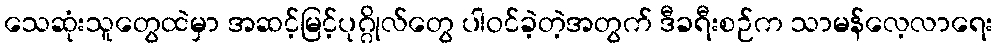
သေဆုံးသူတွေထဲမှာ အဆင့်မြင့်ပုဂ္ဂိုလ်တွေ ပါဝင်ခဲ့တဲ့အတွက် ဒီခရီးစဉ်က သာမန်လေ့လာရေး